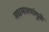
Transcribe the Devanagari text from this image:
मधमाश्यांमुळे